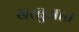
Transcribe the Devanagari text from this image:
खरबुजात